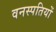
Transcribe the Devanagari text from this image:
वनस्‍पतियों